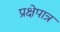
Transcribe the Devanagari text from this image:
प्रक्षेपात्र